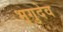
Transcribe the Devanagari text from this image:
भृगुदेव